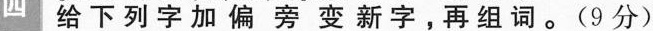
四 给下列字加偏旁变新字，再组词。(9分)